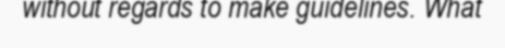
without regards to make guidelines. What